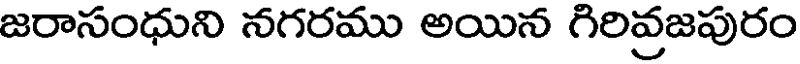
జరాసంధుని నగరము అయిన గిరివ్రజపురం